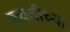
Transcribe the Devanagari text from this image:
बचतीच्या